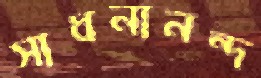
সাধনানন্দ